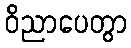
ဝိညာပေတွာ